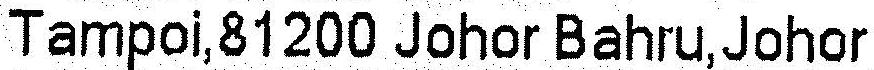
TAMPOI,81200 JOHOR BAHRU,JOHOR